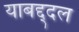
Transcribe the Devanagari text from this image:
याबद्द्दल